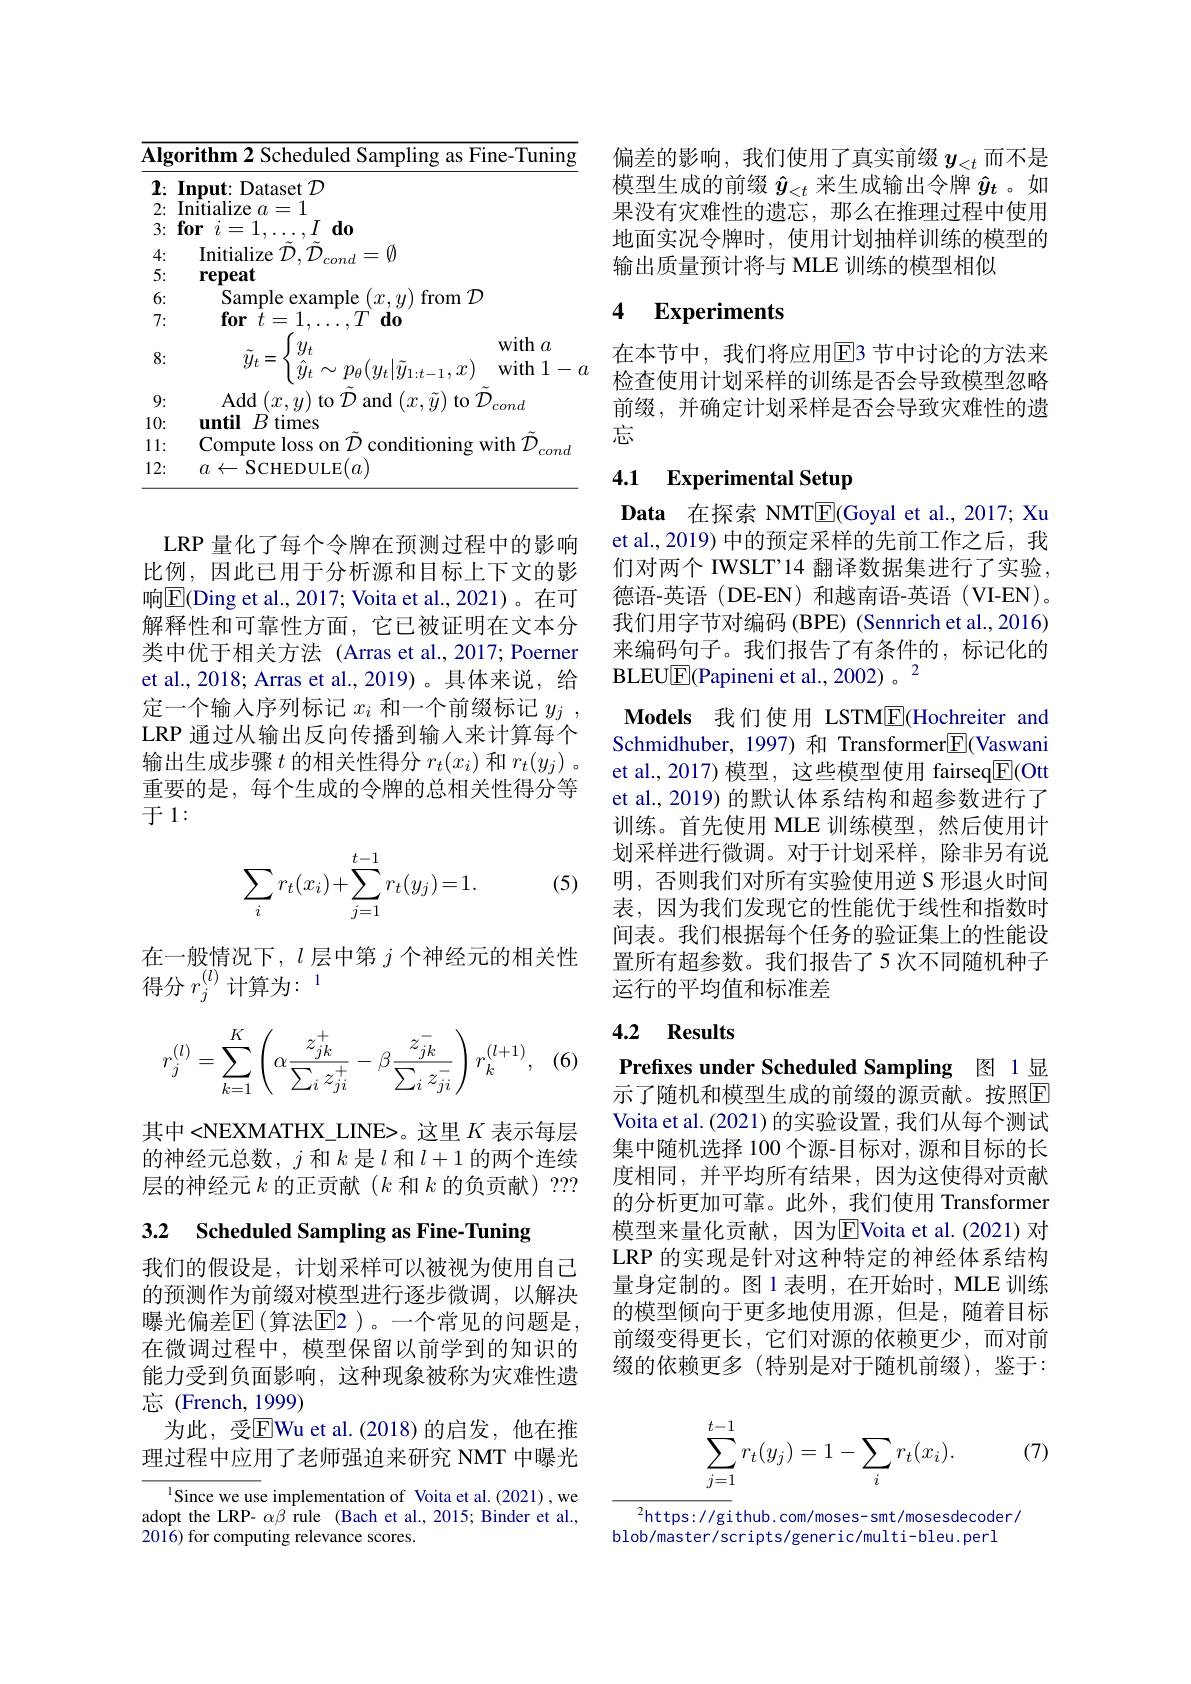
<table>
	<tbody>
		<tr>
			<td>$\overline{\mathbf{Alg}}$</td>
			<td>orithm 2 Scheduled Sampling as Fine-Tuning</td>
		</tr>
		<tr>
			<td>$j.$</td>
			<td> </td>
		</tr>
		<tr>
			<td>4: P</td>
			<td>T $\|\|$ $Zd$ $V$</td>
		</tr>
		<tr>
			<td>${\boldsymbol{D}}:$</td>
			<td>$\mathbf{epeat}$</td>
		</tr>
		<tr>
			<td>U 7:</td>
			<td>$\textbf{for}t= 1$, ${^{\prime}}I^{\prime}$ $d0$</td>
		</tr>
		<tr>
			<td>8:</td>
			<td>$y_{t}$ witha $\tilde{y}_{t}=$ $\sim p_{\theta}(y_{t}|\tilde{y}_{1:t-1},x)$ $\hat{\eta}_{1}$ with 1- w</td>
		</tr>
		<tr>
			<td>9:</td>
			<td>$\mathop{\mathrm{Add}}\left(x,u\right)\mathop{\mathrm{to}}\tilde{\mathcal{D}}\mathop{\mathrm{and}}\left(x,\tilde{u}\right)\mathop{\mathrm{to}}\tilde{\mathcal{D}}$ $n_{n}$</td>
		</tr>
		<tr>
			<td>10:</td>
			<td>mfil $B$ times</td>
		</tr>
		<tr>
			<td>1: 1</td>
			<td>$\operatorname{Compute}$ $^{'}ID$ condıtıonıns with $|0ss$ (0) 1 11</td>
		</tr>
		<tr>
			<td>12:</td>
			<td>SCHE ${\mathrm{DULE}}(a)$ $a$ $\leftarrow$</td>
		</tr>
	</tbody>
</table>

LRP 量化了每个令牌在预测过程中的影响比例，因此已用于分析源和目标上下文的影响$\boxed{\mathrm{E}}($Ding et al., 2017; Voita et al., 2021)。在可解释性和可靠性方面，它已被证明在文本分类中优于相关方法(Arras et al.,2017; Poerner et al., 2018; Arras et al., 2019)。具体来说，给定一个输入序列标记$x_i$和一个前缀标记$y_j$, LRP 通过从输出反向传播到输入来计算每个输出生成步骤$t$的相关性得分$r_t(x_i)$和$r_t(y_j)$。重要的是，每个生成的令牌的总相关性得分等于1：

(5)
$$\sum_ir_t(x_i)+\sum_{j=1}^{t-1}r_t(y_j)=1.$$
在一般情况下，$l$层中第$j$个神经元的相关性
得分$r_j^{(l)}$计算为：$^{1}$

(6)
$$r_j^{(l)}=\sum_{k=1}^K\left(\alpha\frac{z_{jk}^+}{\sum_iz_{ji}^+}-\beta\frac{z_{jk}^-}{\sum_iz_{ji}^-}\right)r_k^{(l+1)},$$
其中 <NEXMATHX\_LINE>。这里$K$表示每层的神经元总数，$j$和$k$是$l$和$l+1$的两个连续层的神经元$k$的正贡献$(k$和$k$的负贡献) ???

3.2 Scheduled Sampling as Fine-Tuning

我们的假设是，计划采样可以被视为使用自己的预测作为前缀对模型进行逐步微调，以解决曝光偏差$\mathbb{E}($算法$\mathbb{E}$2)。一个常见的问题是， 在微调过程中，模型保留以前学到的知识的能力受到负面影响，这种现象被称为灾难性遗忘(French,1999)
为此，受$\overline{\mathrm{E}}$Wu et al.(2018)的启发，他在推理过程中应用了老师强迫来研究 NMT 中曝光

Since we use implementation of Voita et al.(2021) ,we adopt the LRP- $\alpha\beta$ rule (Bach et al.,2015; Binder et al., 2016) for computing relevance scores.

偏差的影响，我们使用了真实前缀$y_<t$而不是模型生成的前缀$\hat{y}_{<t}$来生成输出令牌$\hat{y}_t$ 。如果没有灾难性的遗忘，那么在推理过程中使用地面实况令牌时，使用计划抽样训练的模型的输出质量预计将与 MLE 训练的模型相似

### 4 $\textbf{Experiments}$

在本节中，我们将应用$\overline{\mathrm{E}}$3 节中讨论的方法来检查使用计划采样的训练是否会导致模型忽略前缀，并确定计划采样是否会导致灾难性的遗忘

### 4.1 Experimental Setup

Data 在探索 NMTE(Goyal et al., 2017; Xu et al., 2019) 中的预定采样的先前工作之后，我们对两个 IWSLT'14 翻译数据集进行了实验， 德语-英语(DE-EN)和越南语-英语(VI-EN)。我们用字节对编码(BPE) (Sennrich et al., 2016) 来编码句子。我们报告了有条件的，标记化的BLEU$\boxed{\mathrm{E}}$(Papineni et al., 2002) 。2
Models 我们使用 LSTME(Hochreiter and Schmidhuber, 1997) 和 Transformer$\boxed{\mathrm{F}}$(Vaswani et al., 2017) 模型，这些模型使用 fairseq$\boxed{\mathrm{E}}($Ott et al., 2019) 的默认体系结构和超参数进行了训练。首先使用 MLE 训练模型，然后使用计划采样进行微调。对于计划采样，除非另有说明，否则我们对所有实验使用逆 S 形退火时间表，因为我们发现它的性能优于线性和指数时间表。我们根据每个任务的验证集上的性能设置所有超参数。我们报告了5 次不同随机种子运行的平均值和标准差

## 4.2 Results

Prefixes under Scheduled Sampling 图 1 显

示了随机和模型生成的前缀的源贡献。按照$\overline{\mathrm{E}}$ Voita et al. (2021) 的实验设置，我们从每个测试集中随机选择 100 个源-目标对，源和目标的长度相同，并平均所有结果，因为这使得对贡献的分析更加可靠。此外，我们使用 Transformer 模型来量化贡献，因为EVoita et al.(2021)对LRP 的实现是针对这种特定的神经体系结构量身定制的。图1表明，在开始时，MLE训练的模型倾向于更多地使用源，但是，随着目标前缀变得更长，它们对源的依赖更少，而对前缀的依赖更多 (特别是对于随机前缀),鉴于：
$$\begin{aligned}\sum_{j=1}^{t-1}r_t(y_j)=1-\sum_ir_t(x_i).\end{aligned}$$
(7)

$^2$https://github.com/moses-smt/mosesdecoder/
blob/master/scripts/generic/multi-bleu.perl